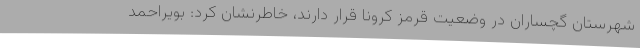
شهرستان گچساران در وضعیت قرمز کرونا قرار دارند، خاطرنشان کرد: بویراحمد